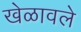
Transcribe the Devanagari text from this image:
खेळावले